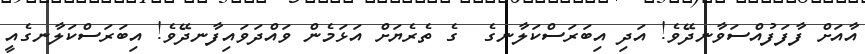
އާއަށް ފާފަފުއްސަވާނދޭވެ! އަދި އިބަރަސްކަލާނގެ  ގެ ތެރެޔަށް އަޅަމެން ވައްދަވައިފާނދޭވެ! އިބަރަސްކަލާނގެއީ